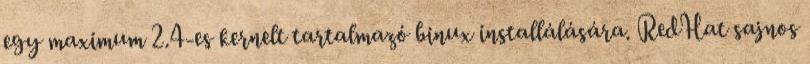
egy maximum 2.4-es kernelt tartalmazó binux installálására. RedHat sajnos